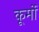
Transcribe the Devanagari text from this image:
कूर्मो